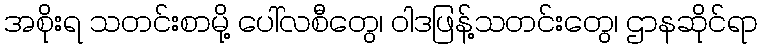
အစိုးရ သတင်းစာမို့ ပေါ်လစီတွေ၊ ဝါဒဖြန့်သတင်းတွေ၊ ဌာနဆိုင်ရာ